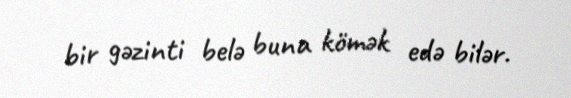
bir gəzinti belə buna kömək edə bilər.